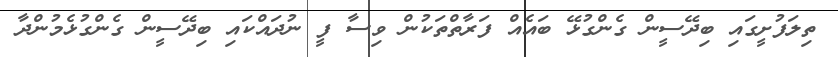
ތިލަފުށީގައި ބިދޭސީން ގެންގުޅޭ ބައެއް ފަރާތްތަކުން ވިސާ ފީ ނުދައްކައި ބިދޭސީން ގެންގުޅެމުންދާ